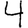
Digit: 4